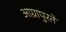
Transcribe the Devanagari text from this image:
आग्रापुरते